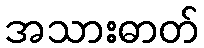
အသားဓာတ်